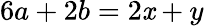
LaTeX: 6a+2b=2\mathit{x}+y